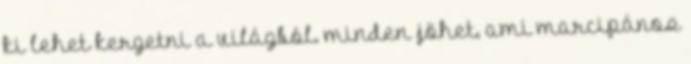
ki lehet kergetni a világból. minden jöhet, ami marcipános